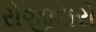
રોજીદારો